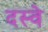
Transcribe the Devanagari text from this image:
दस्वे